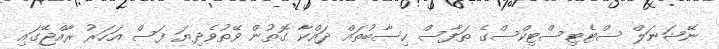
ނޭޝަނަލް ސްޓެޓިސްޓިކްސްގެ ތަފާސް ހިސާބުތައް ދައްކާ ގޮތުން ވޭތުވެދިޔަ ފަސް އަހަރު ރާއްޖޭގައި